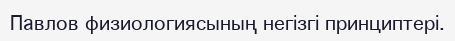
Павлов физиологиясының негізгі принциптері.